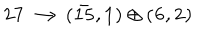
\bf 2 7 \longrightarrow ( { \bar { 1 5 } } , 1 ) \oplus ( 6 , 2 ) \,